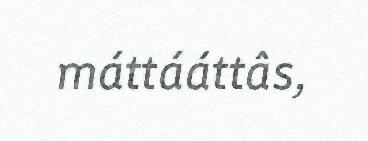
máttááttâs,